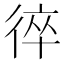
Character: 𢔙